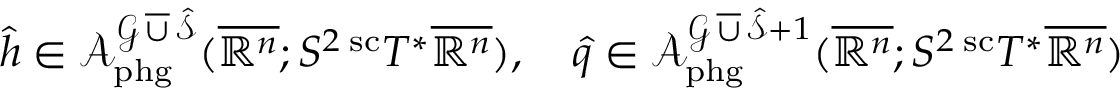
\hat { h } \in \mathcal A _ { \mathrm { p h g } } ^ { \mathcal G \operatorname { \overline { \cup } } \hat { \mathcal S } } ( \overline { { \mathbb { R } ^ { n } } } ; S ^ { 2 } \, ^ { \mathrm { s c } } T ^ { * } \overline { { \mathbb { R } ^ { n } } } ) , \quad \hat { q } \in \mathcal A _ { \mathrm { p h g } } ^ { \mathcal G \operatorname { \overline { \cup } } \hat { \mathcal S } + 1 } ( \overline { { \mathbb { R } ^ { n } } } ; S ^ { 2 } \, ^ { \mathrm { s c } } T ^ { * } \overline { { \mathbb { R } ^ { n } } } )